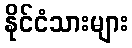
နိုင်ငံသားများ